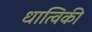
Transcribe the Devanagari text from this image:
धात्विकी